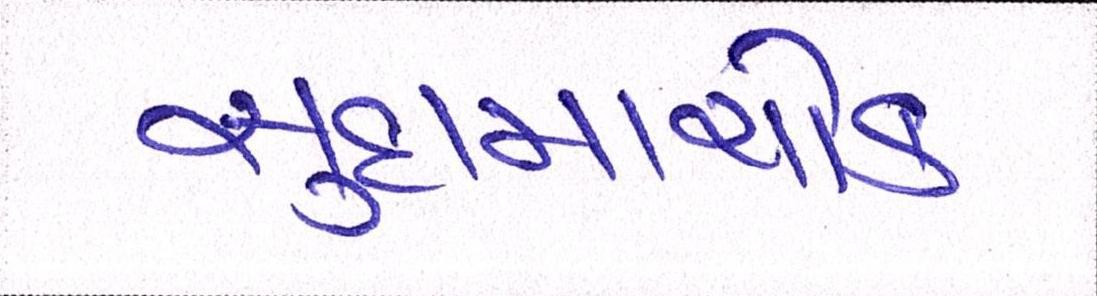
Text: સુદામાચોક